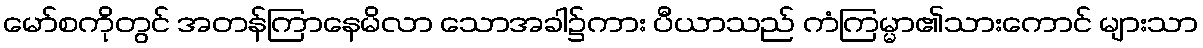
မော်စကိုတွင် အတန်ကြာနေမိလာ သောအခါ၌ကား ပီယာသည် ကံကြမ္မာ၏သားကောင် များသာ